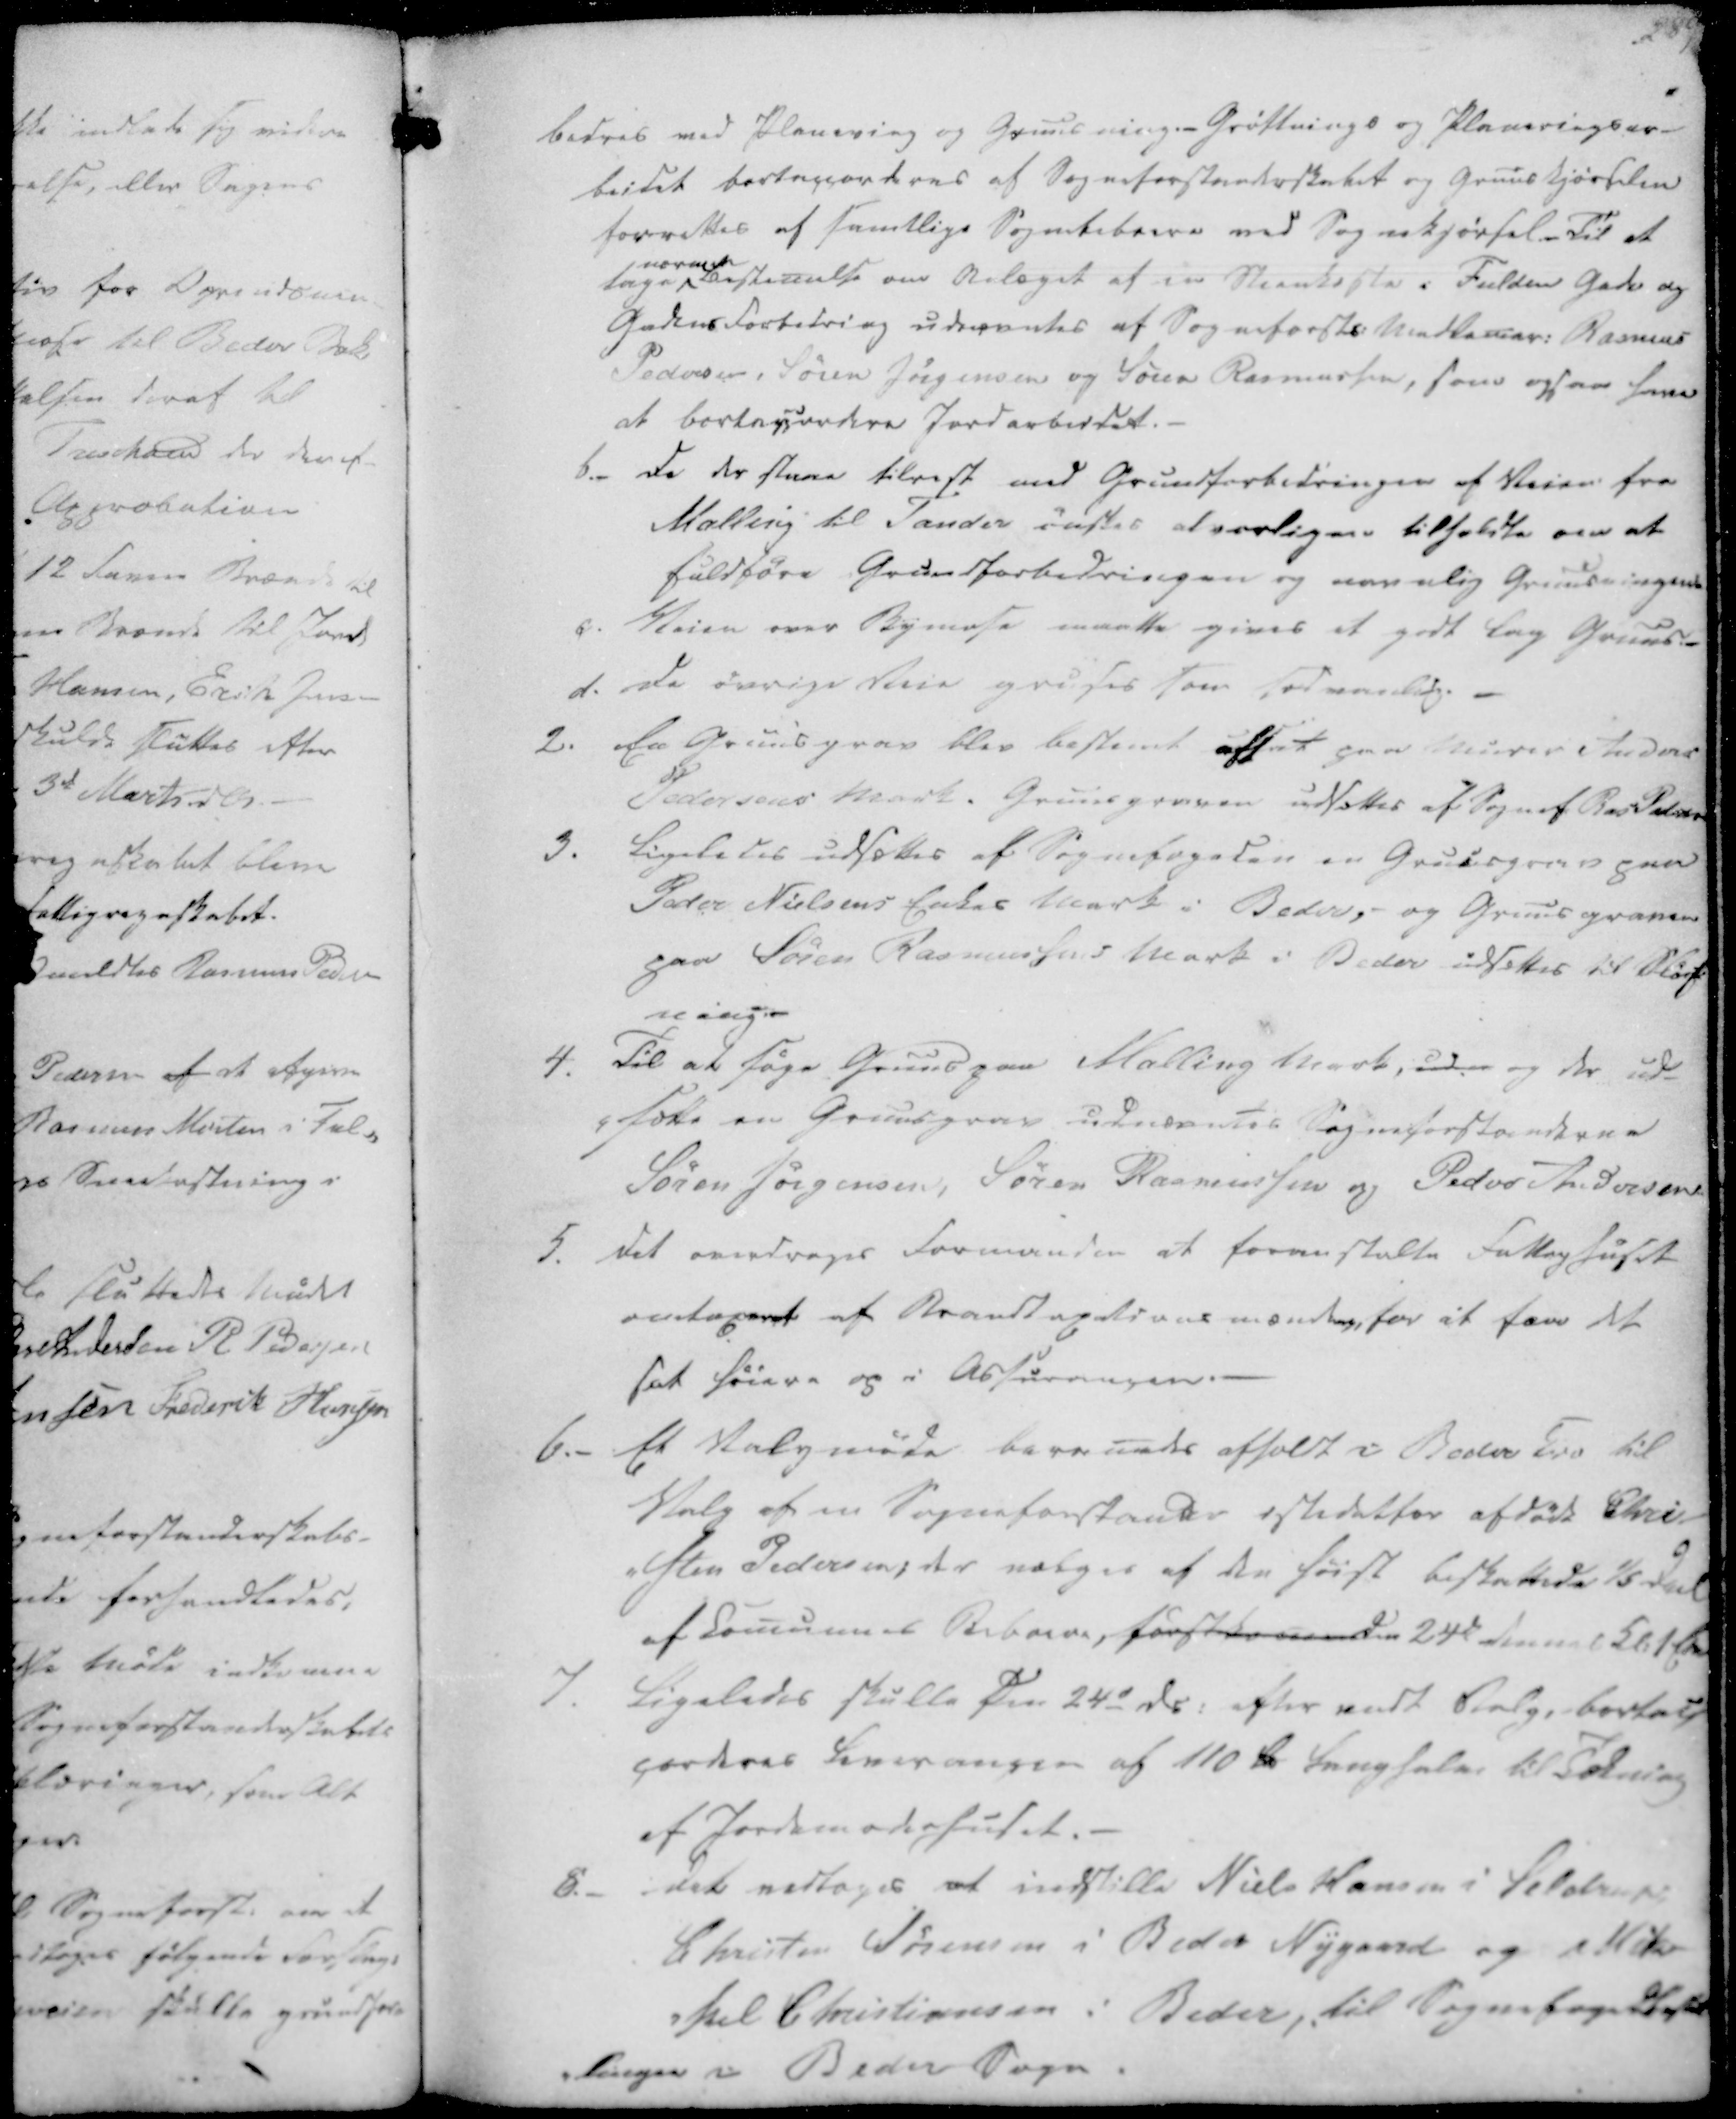
Transskription:
bedres med Planering og Gruusning.- Grøftnings og Planerings ar-
beidet bortaccorderes af Sogneforstanderskabet og Gruuskjørselen
forrettes af samtlige Sognebeboere ved Sognekjørsel. Til at
tage
nærmere
Bestemelse om Anlæget af en Steenkiste i Fulden Gade og
Gadens Forbedring udnævntes af Sogneforsts. Medlemer. Rasmus
Pedersen, Søren Jørgensen og Søren Rasmussen, som ogsaa have
at bortaccordere Jordarbeidet.
b. Da der staae tilrest med Grundforbedringen af Veien fra
Malling til Tander ønskes alvorligen tilholdte om at
fuldføre Grundforbedringen og navnlig Gruusningen.
c. Veien over Bymose maatte gives et godt lag Gruus.
d. De øvrige Veie gruses som sædvanlig.

2. En Gruusgrav blev bestemt afsat paa Murer Anders
Pedersens Mark. Gruusgraven udsættes af Sognef. Ras Pedersen
3. Ligeledes udsættes af Sognefogeden en Gruusgrav paa
Peder Nielsens Enkes Mark i Beder,- og Gruusgraven
paa Søren Rasmussens Mark i Beder udsættes til Sløif-
ning.

4. Til at søge Gruus paa Malling Mark, uden og der ud-
-sætte en Gruusgrav udnævntes Sogneforstanderne
Søren Jørgensen, Søren Rasmussen og Peder Andersen.
5. Det overdrages Formanden at foranstalte Fattighuset
omtaxeret af Brandtaxationsmændene for at faae det
sat høiere og i Absurmingen.

6.- Et Valgmøde beramedes afholdt i Beder Kro til
Valg af en Sogneforstander istedet for afdøde Chri-
-sten Pedersen; der vælges af den først beskattede ⅕ Deel
af Comunens Beboere, førstkomenden 24de dennes Kl. 1 Etm
7. Ligeledes skulle den 24d ds. efter endt Valg, bortac-
corderes Leverancen af 110 Td Langhalm til Tækning
af Jordemoderhuset.

8._ Det vedtoges at indstille Niels Hansen i Seldrup
Christen Sørensen i Beder Nygaard og Mik-
-kel Chistiansen i Beder, til Sognefoged
-lingen i Beder Sogn